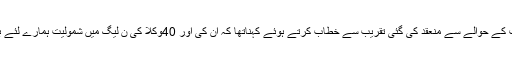
تفصیلات کے مطابق نواز شریف کا یاسین آزاد ایڈووکیٹ کی مسلم لیگ ن میں 40وکلا سمیت شمولیت کے حوالے سے منعقد کی گئی تقریب سے خطاب کرتے ہوئے کہناتھا کہ ان کی اور 40وکلا کی ن لیگ میں شمولیت ہمارے لئے باعث مسرت اوراعزاز ہے جبکہ بڑے وکلا کی ن لیگ میں شمولیت پارٹی کیلئے اثاثہ ثابت ہوں گے۔